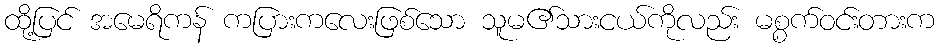
ထို့ပြင် အမေရိကန် ကပြားကလေးဖြစ်သော သူမ၏သားငယ်ကိုလည်း မစ္စက်ဝင်းတားက